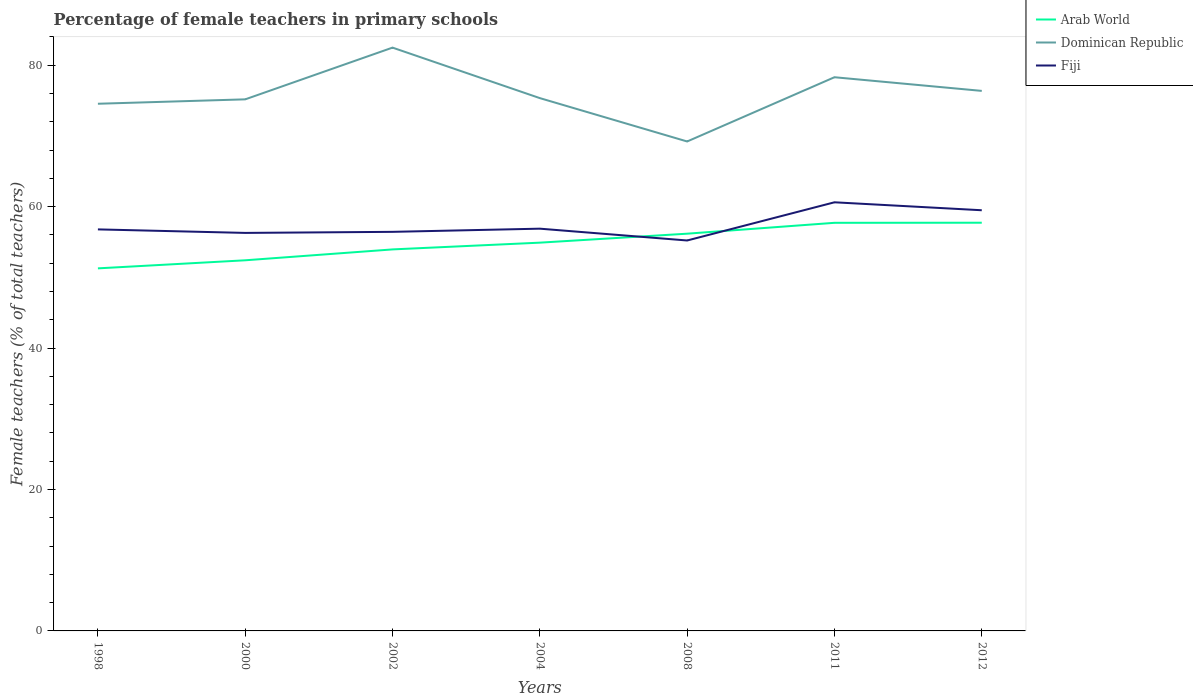
| Years | Arab World | Dominican Republic | Fiji |
 | --- | --- | --- | --- |
 | 1998 | 51.3 | 74.6 | 56.8 |
 | 2000 | 52.4 | 75.2 | 56.3 |
 | 2002 | 54 | 82.5 | 56.4 |
 | 2004 | 54.9 | 75.4 | 56.9 |
 | 2008 | 56.2 | 69.2 | 55.2 |
 | 2011 | 57.7 | 78.3 | 60.6 |
 | 2012 | 57.7 | 76.4 | 59.5 |